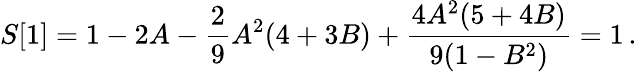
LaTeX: S[1]=1-2A-\frac{2}{9}A^{2}(4+3B)+\frac{4A^{2}(5+4B)}{9(1-B^{2})}=1\, .